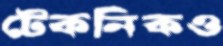
টেকনিকও